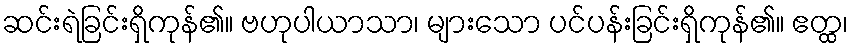
ဆင်းရဲခြင်းရှိကုန်၏။ ဗဟုပါယာသာ၊ များသော ပင်ပန်းခြင်းရှိကုန်၏။ ဧတ္ထ၊